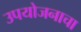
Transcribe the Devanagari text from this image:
उपयोजनाचा